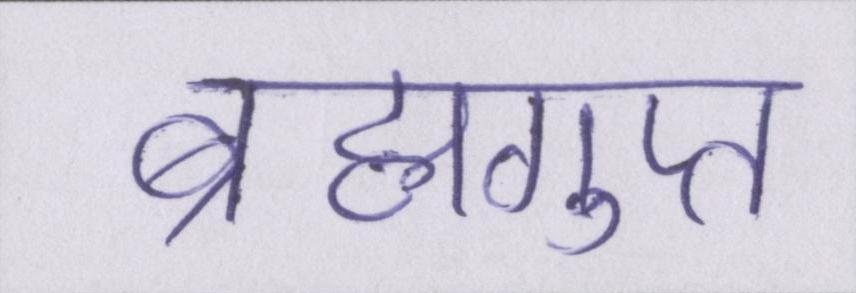
ब्रह्मगुप्त